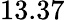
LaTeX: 13.37